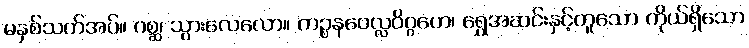
မနှစ်သက်အပ်။ ဂစ္ဆ၊ သွားလေလော။ ကဉ္စနဝေလ္လဝိဂ္ဂဟေ၊ ရွှေအဆင်းနှင့်တူသော ကိုယ်ရှိသော